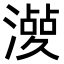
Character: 𣿤